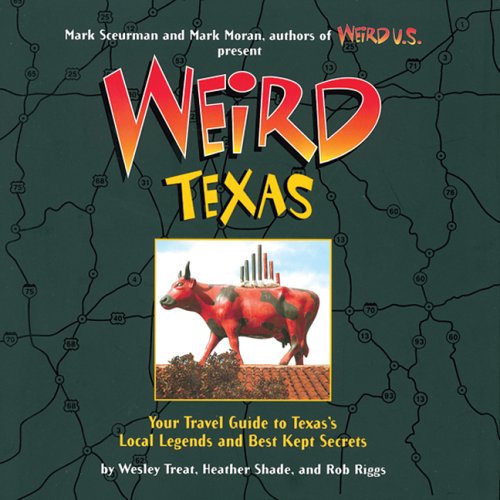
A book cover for Weird Texas; Wesley Treat; Travel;